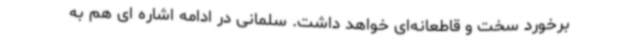
برخورد سخت و قاطعانه‌ای خواهد داشت. سلمانی در ادامه اشاره ای هم به